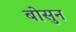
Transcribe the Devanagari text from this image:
बोसुन